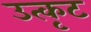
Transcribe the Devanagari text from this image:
उत्कृट